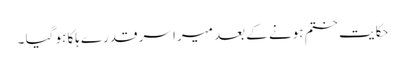
حکایت ختم ہونے کے بعد میرا سر قدرے ہلکا ہو گیا ۔